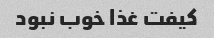
کیفت غذا خوب نبود